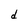
Character: d